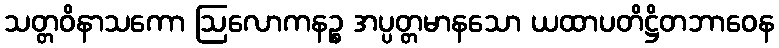
သတ္တဝိနာသကော ဩလောကနဉ္စ အပ္ပတ္တမာနသော ယထာပတိဋ္ဌိတဘာဝေန